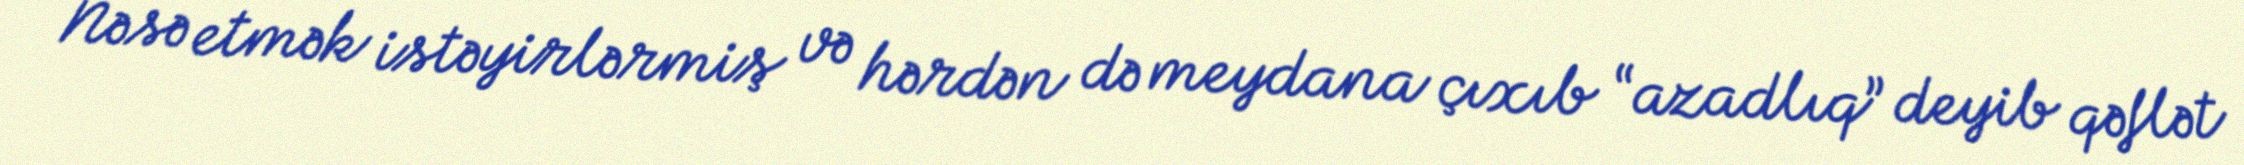
Nəsə etmək istəyirlərmiş və hərdən də meydana çıxıb “azadlıq” deyib qəflət